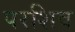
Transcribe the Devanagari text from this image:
परशिव